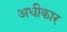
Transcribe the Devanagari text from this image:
अधीकार